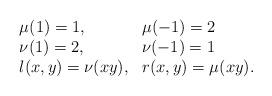
LaTeX: \begin{align*}\begin{array}{ll}\mu(1)=1, & \mu(-1)=2\\\nu(1)=2, & \nu(-1)=1\\l(x,y)=\nu(xy), & r(x,y)=\mu(xy).\end{array}\end{align*}